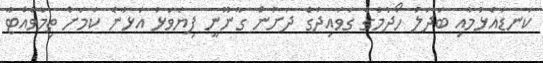
ކަނޑައެޅުމާއި ބަދަލު ހޯދުމުގެ ގަވައިދުގެ ދަށުން ގާނޫނީ ފިޔަވަޅު އަޅާނެ ކަމަށް ތިމާވެއްޓާ